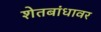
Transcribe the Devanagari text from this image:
शेतबांधावर